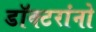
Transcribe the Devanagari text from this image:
डॉक्‍टरांनो